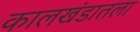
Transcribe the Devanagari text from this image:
कालखंडातला